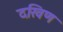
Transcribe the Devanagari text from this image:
दखिण